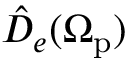
\hat { D } _ { e } ( \Omega _ { \mathrm { p } } )